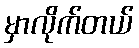
မှာလိုက်တယ်